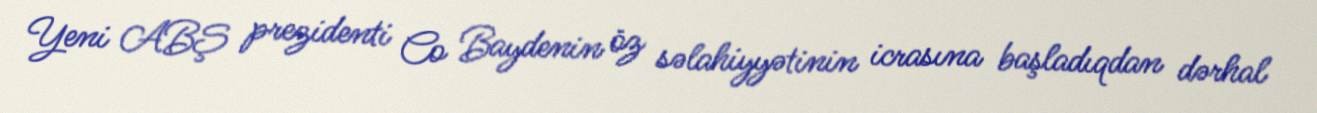
Yeni ABŞ prezidenti Co Baydenin öz səlahiyyətinin icrasına başladıqdan dərhal